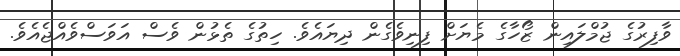
ވާފިރުގެ ޖުމްލައިން ޒޯހާގެ މެޔަށް ފިނިވެގެން ދިޔައެވެ. ހިތުގެ ތެޅުން ވެސް އަވަސްވެއްޖެއެވެ.